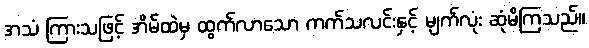
အသံ ကြားသဖြင့် အိမ်ထဲမှ ထွက်လာသော ကက်သလင်းနှင့် မျက်လုံး ဆုံမိကြသည်။